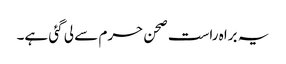
یہ براہ راست صحن حرم سے لی گئی ہے۔